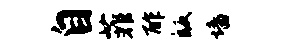
自菲酢皈墙